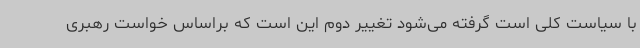
با سیاست کلی است گرفته می‌شود تغییر دوم این است که براساس خواست رهبری